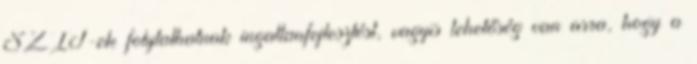
SZIT-ek folytathatnak ingatlanfejlesztést, vagyis lehetőség van arra, hogy a